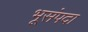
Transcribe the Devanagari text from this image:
भूसंपदा